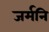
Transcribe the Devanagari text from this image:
जर्मनि